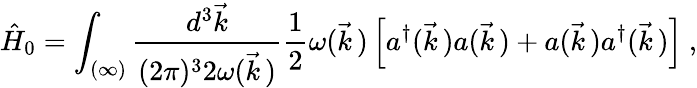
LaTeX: \hat{H}_{0}=\int_{(\infty)}\frac{d^{3}\vec{k}}{(2\pi)^{3}2\omega(\vec{k}\, )}\frac{1}{2}\omega(\vec{k}\, )\left[a^{\dagger}(\vec{k}\, )a(\vec{k}\, )+a(\vec{k}\, )a^{\dagger}(\vec{k}\, )\right]\ ,